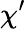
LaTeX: \chi^{\prime}